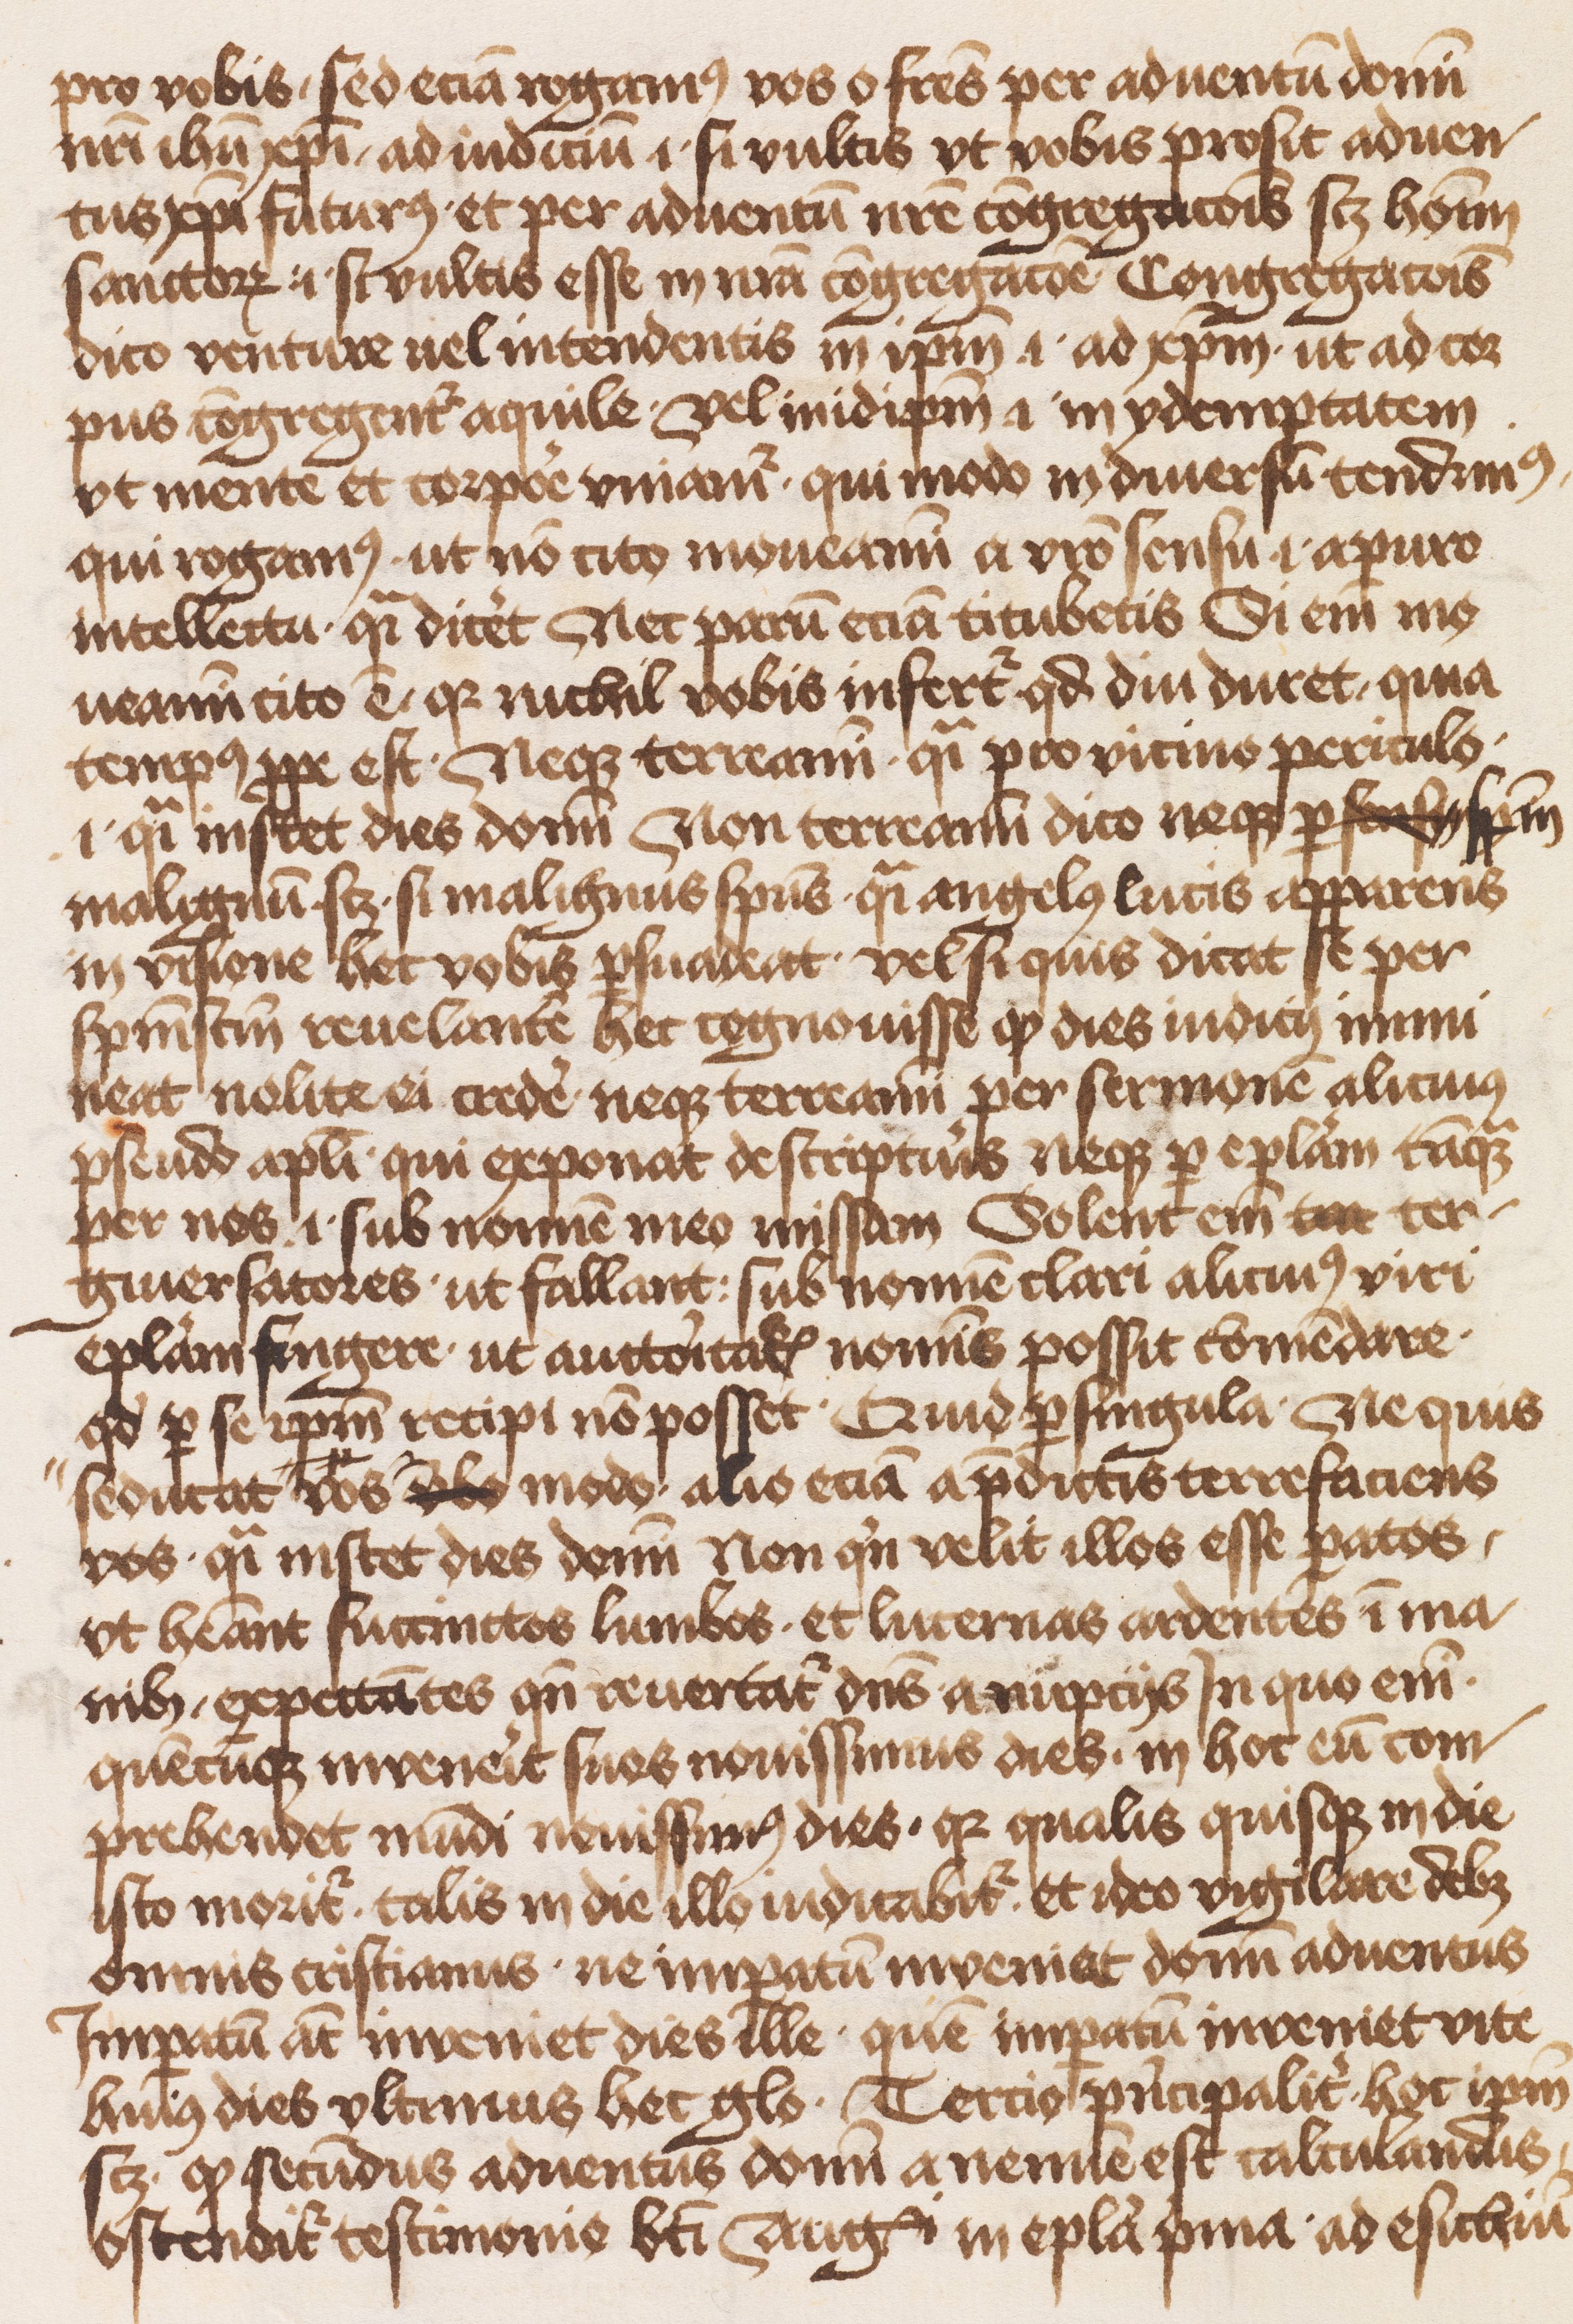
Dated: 1471–1501